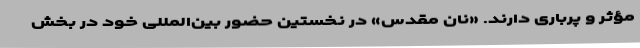
مؤثر و پرباری دارند. «نان مقدس» در نخستین حضور بین‌المللی خود در بخش